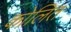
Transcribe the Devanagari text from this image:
कोलित